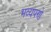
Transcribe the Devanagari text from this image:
भव्यपणे